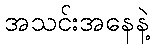
အသင်းအနေနဲ့